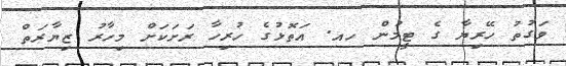
ވަގުތު ހޭރިޔާ ގެ ޓީމުން ހއ. އަތޮޅުގެ ހުރިހާ ރަށަކަށް މިހާރު ޒިޔާރަތް